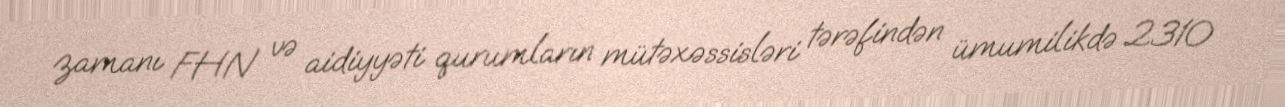
zamanı FHN və aidiyyəti qurumların mütəxəssisləri tərəfindən ümumilikdə 2310